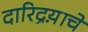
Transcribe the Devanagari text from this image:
दारिद्रय़ाचे